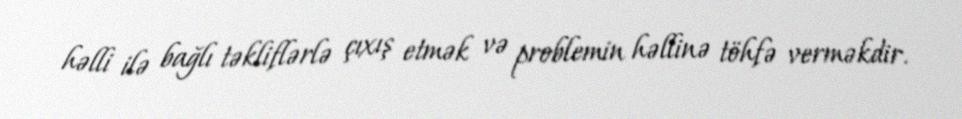
həlli ilə bağlı təkliflərlə çıxış etmək və problemin həllinə töhfə verməkdir.